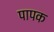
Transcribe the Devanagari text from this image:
पापक